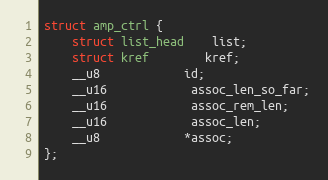
Language: C
struct amp_ctrl {
	struct list_head	list;
	struct kref		kref;
	__u8			id;
	__u16			assoc_len_so_far;
	__u16			assoc_rem_len;
	__u16			assoc_len;
	__u8			*assoc;
};